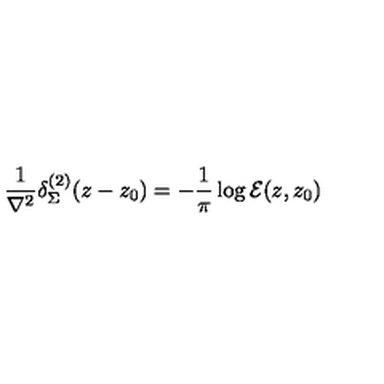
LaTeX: \frac 1 { \nabla ^ { 2 } } \delta _ { \Sigma } ^ { ( 2 ) } ( z - z _ { 0 } ) = - \frac 1 \pi \log { \cal E } ( z , z _ { 0 } )